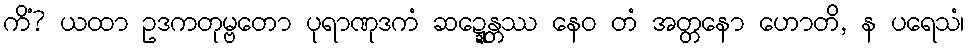
ကိံ? ယထာ ဥဒကတုမ္ဗတော ပုရာဏုဒကံ ဆဍ္ဍေန္တဿ နေဝ တံ အတ္တနော ဟောတိ, န ပရေသံ၊